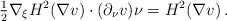
LaTeX: \begin{align*} \tfrac{1}{2}\nabla_\xi H^2(\nabla v)\cdot (\partial_\nu v) \nu= H^2(\nabla v) \,.\end{align*}